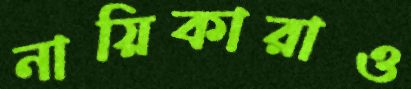
নায়িকারাও